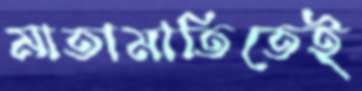
মাতামাতিতেই